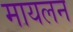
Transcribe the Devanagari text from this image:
मायलन